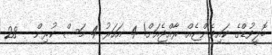
ބޮލީވުޑްގެ ކައިވެންޏެއް ރާއްޖެއަށް! 4 އަހަރު 4 މަސް ކުރިން - 28